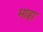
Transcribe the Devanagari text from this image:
माड़ा